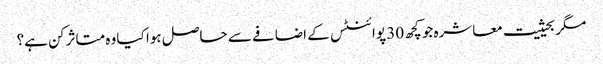
مگر بحیثیت معاشرہ جو کچھ 30 پوائنٹس کے اضافے سے حاصل ہوا کیا وہ متاثر کن ہے؟